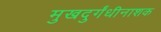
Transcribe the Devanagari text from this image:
मुखदुर्गंधीनाशक